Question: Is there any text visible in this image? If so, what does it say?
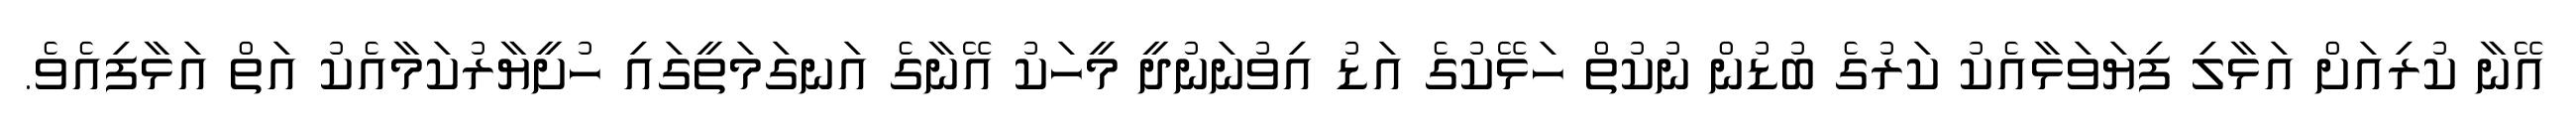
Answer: އޭނާ ކުރިއަށް އަޅާލި ފިޔަވަޅާއެކު ކަރުގެ ބުޑުން ނުކުތް ހަޅޭކުގެ އަޑު އިވުނަނުދީ މީހަކު އޭނާގެ އަނގަމަތީގައި ހުށީޔާރުކަމާއެކު އަތް އަޅާފިއެވެ.